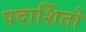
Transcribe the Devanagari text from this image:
पदार्शितो